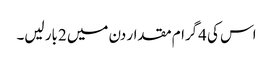
اس کی 4گرام مقدار دن میں 2بار لیں۔